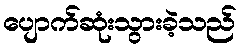
ပျောက်ဆုံးသွားခဲ့သည်